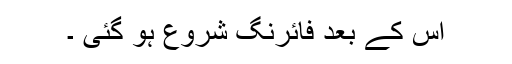
اس کے بعد فائرنگ شروع ہو گئی ۔